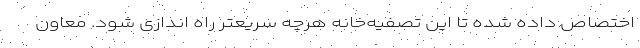
اختصاص داده شده تا این تصفیه‌خانه هرچه سریعتر راه اندازی شود. معاون